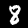
Digit: 8